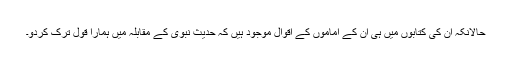
حالانکہ ان کی کتابوں میں ہی ان کے اماموں کے اقوال موجود ہیں کہ حدیث نبوی کے مقابلہ میں ہمارا قول ترک کردو۔